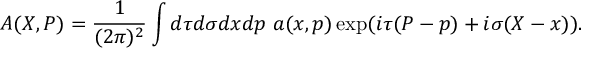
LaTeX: { \cal A } ( { \cal X } , { \cal P } ) = \frac { 1 } { ( 2 \pi ) ^ { 2 } } \int d \tau d \sigma d x d p ~ a ( x , p ) \exp ( i \tau ( { \cal P } - p ) + i \sigma ( { \cal X } - x ) ) .